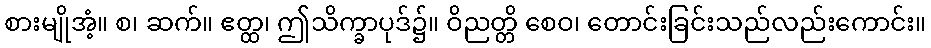
စားမျိုအံ့။ စ၊ ဆက်။ ဧတ္ထ၊ ဤသိက္ခာပုဒ်၌။ ဝိညတ္တိ စေဝ၊ တောင်းခြင်းသည်လည်းကောင်း။